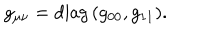
g _ { \mu \nu } = \mathrm { d i a g } \, ( g _ { 0 0 } , g _ { 1 1 } ) .